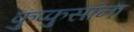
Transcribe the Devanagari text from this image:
फुप्फुसांना